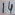
Text: 14